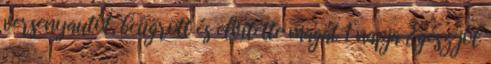
versenyautót, beugrott és elvitette magát 1 napja Egész jól